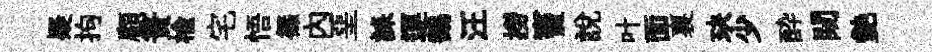
疑拘顧簣榆宅悟篠內堊誄運鶴汪撈竇說叶面裏玦少酔闚艷